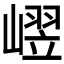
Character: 𪩒